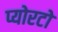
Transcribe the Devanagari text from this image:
प्योरटो